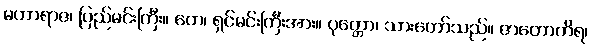
မဟာရာဇ၊ ပြည်မင်းကြီး။ တေ၊ ရှင်မင်းကြီးအား။ ပုတ္တော၊ သားတော်သည်။ ဇာတောကိရ၊